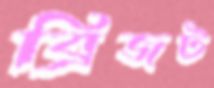
ব্রিজট